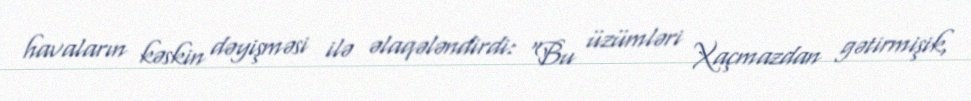
havaların kəskin dəyişməsi ilə əlaqələndirdi: “Bu üzümləri Xaçmazdan gətirmişik,